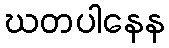
ဃတပါနေန